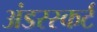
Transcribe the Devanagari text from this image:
अंडरस्कर्ट